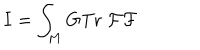
LaTeX: I = \int _ { M } \mathrm { G T r } \; { \cal F F }